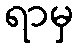
ရာမှ